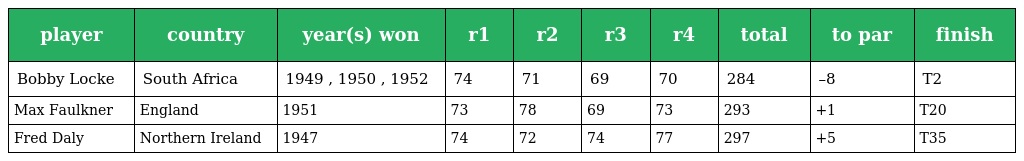
| player | country | year(s) won | r1 | r2 | r3 | r4 | total | to par | finish |
 | --- | --- | --- | --- | --- | --- | --- | --- | --- | --- |
 | Bobby Locke | South Africa | 1949 , 1950 , 1952 | 74 | 71 | 69 | 70 | 284 | –8 | T2 |
 | Max Faulkner | England | 1951 | 73 | 78 | 69 | 73 | 293 | +1 | T20 |
 | Fred Daly | Northern Ireland | 1947 | 74 | 72 | 74 | 77 | 297 | +5 | T35 |